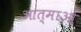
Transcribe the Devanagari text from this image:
आत्माओ